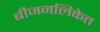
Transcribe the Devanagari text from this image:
बीजनलिकेत